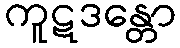
ကူဋဒန္တော